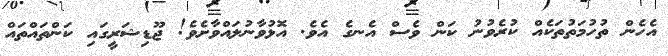
އެހެން ތުހުމަތުތަކެއް ކުރެވުނު ކަން ވެސް އެނގެ އެވެ. އޮޅުވާނުލައްވާށެވެ! ޖޫޑިޝަރީގައި ކަންތައްތައް